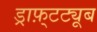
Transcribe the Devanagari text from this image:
ड्राफ़्टट्यूब